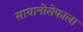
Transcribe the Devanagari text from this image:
सायानोसेफाला